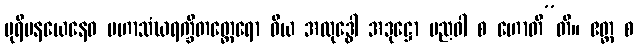
ပုရိမနယေနေဝ မဟာသံဃရက္ခိတတ္ထေရော ဝိယ အလုဒ္ဓေါ အဒုဋ္ဌော ပညဝါ စ ဟောတီ”တိ။ ဧတ္ထ စ